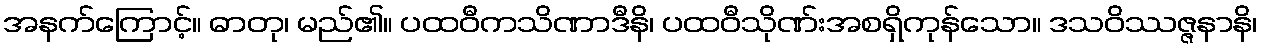
အနက်ကြောင့်။ ဓာတု၊ မည်၏။ ပထဝီကသိဏာဒီနိ၊ ပထဝီသိုဏ်းအစရှိကုန်သော။ ဒသဝိဿဇ္ဇနာနိ၊